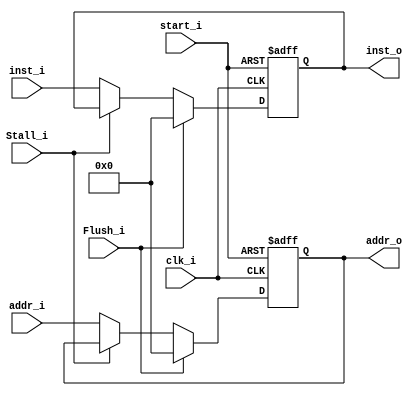
module IFID (
    clk_i,
    start_i,
    addr_i,
    inst_i,
    Stall_i,
    Flush_i,
    addr_o,
    inst_o
);

input clk_i, start_i;
input Stall_i, Flush_i;
input [31:0] addr_i, inst_i;
output [31:0] addr_o, inst_o;
reg [31:0] addr_o, inst_o;

always @ ( posedge clk_i or negedge start_i) begin
  if (start_i == 0) begin
    addr_o <= 0;
    inst_o <= 0;
  end
  else if (Flush_i) begin
    addr_o <= 0;
    inst_o <= 0;
  end
  else begin
    if (Stall_i) begin
        addr_o <= addr_o;
        inst_o <= inst_o;
    end
    else begin
        addr_o <= addr_i;
        inst_o <= inst_i;
    end
  end
end
endmodule